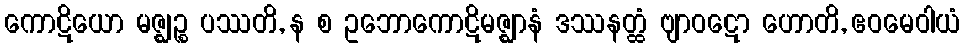
ကောဋိယော မဇ္ဈဉ္စ ပဿတိ, န စ ဥဘောကောဋိမဇ္ဈာနံ ဒဿနတ္ထံ ဗျာဝဋော ဟောတိ, ဧဝမေဝါယံ